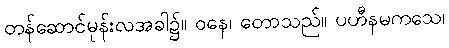
တန်ဆောင်မုန်းလအခါ၌။ ဝနေ၊ တောသည်။ ပဟီနမကသေ၊